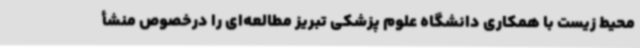
محیط زیست با همکاری دانشگاه علوم پزشکی تبریز مطالعه‌ای را درخصوص منشأ